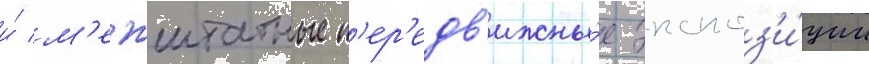
и́ м'ежштатные п'ер'едв'ижны́е экспоз'и́ции